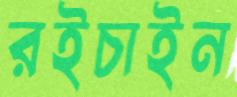
রইচাইন